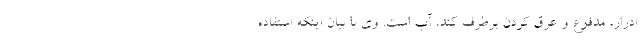
ادرار، مدفوع و عرق کردن برطرف کند، آب است. وی با بیان اینکه استفاده